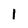
Character: 1